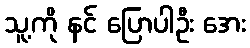
သူ့ကို နင် ပြောပါဦး အေး